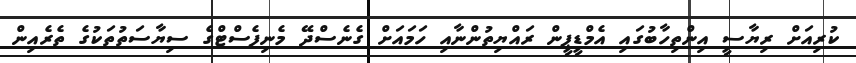
ކުރިއަށް ރިޔާސީ އިންތިހާބުގައި އެމްޑީޕީން ރައްޔިތުންނާއި ހަމައަށް ގެނެސްދޭ މެނިފެސްޓްގެ ސިޔާސަތުތަކުގެ ތެރެއިން